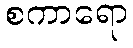
စကာရော